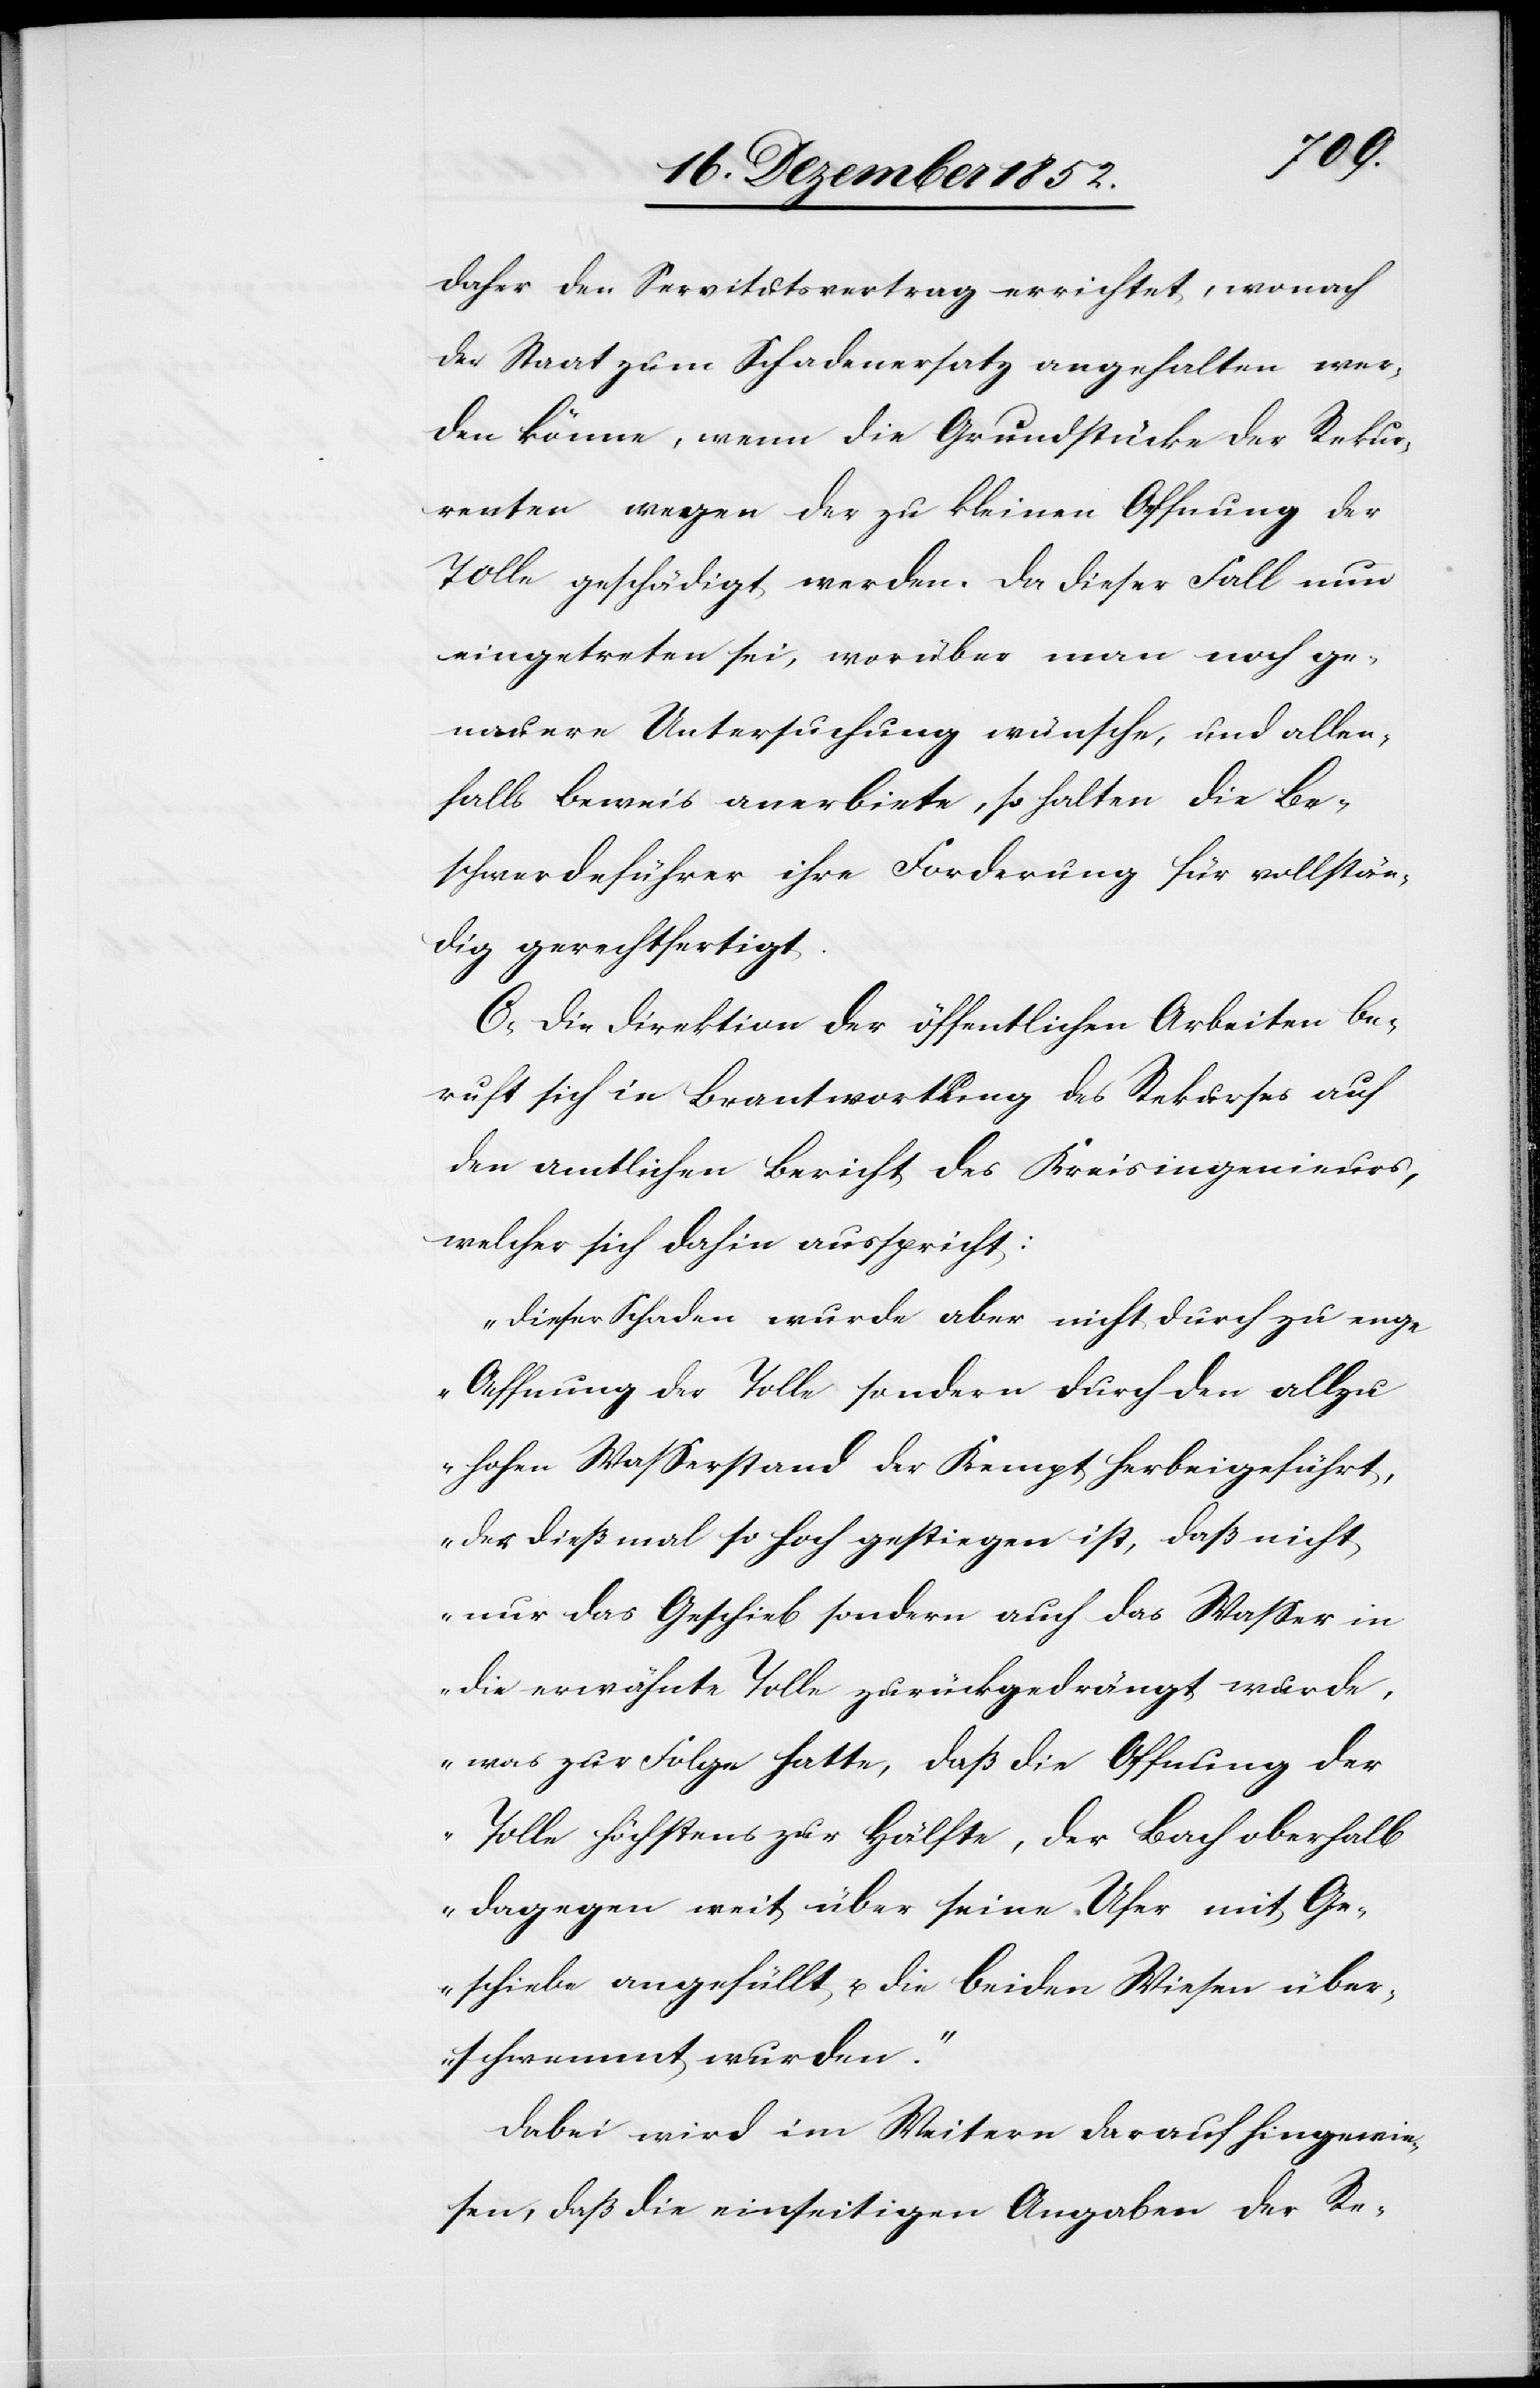
daher den Servitutsvertrag errichtet, wonach
der Staat zum Schadenersatz angehalten wer¬
den könne, wenn die Grundstücke der Rekur¬
renten wegen der zu kleinen Oeffnung der
Tolle geschädigt werden. Da dieser Fall nun
eingetreten sei, worüber man noch ge¬
nauere Untersuchung wünsche, und allen¬
falls Beweis anerbiete, so halten die Be¬
schwerdeführer ihre Forderung für vollstän¬
dig gerechtfertigt.
C, Die Direktion der öffentlichen Arbeiten be¬
ruft sich in Beantwortung des Rekurses auf
den amtlichen Bericht des Kreisingenieurs,
welcher sich dahin ausspricht:
„Dieser Schaden wurde aber nicht durch zu enge
Oeffnung der Tolle sondern durch den allzu
hohen Wasserstand der Kempt herbeigeführt,
der dießmal so hoch gestiegen ist, daß nicht
nur das Geschieb sondern auch das Wasser in
die erwähnte Tolle zurückgedrängt wurde,
was zur Folge hatte, daß die Oeffnung der
Tolle höchstens zur Hälfte, der Bach oberhalb
dagegen weit über seine Ufer mit Ge¬
schiebe angefüllt u. die beiden Wiesen über¬
schwemmt wurden.“
Dabei wird im Weitern darauf hingewie¬
sen, daß die einseitigen Angaben der Re-